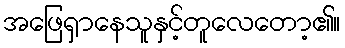
အဖြေရှာနေသူနှင့်တူလေတော့၏။